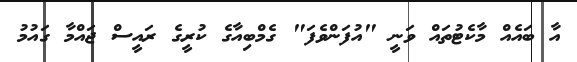
އާ ބައެއް މާކެޓުތައް ވަނީ "އުފަންވެފަ" ގެމްބިއާގެ ކުރީގެ ރައީސް ޖައްމާ ގައުމު